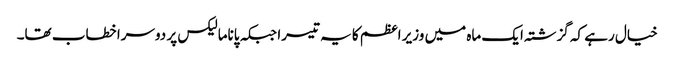
خیال رہے کہ گزشتہ ایک ماہ میں وزیر اعظم کا یہ تیسرا جبکہ پاناما لیکس پر دوسرا خطاب تھا۔